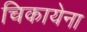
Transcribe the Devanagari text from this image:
चिकायेना